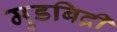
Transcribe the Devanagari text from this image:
मुडबिद्री